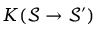
K ( \mathcal { S } \rightarrow \mathcal { S } ^ { \prime } )